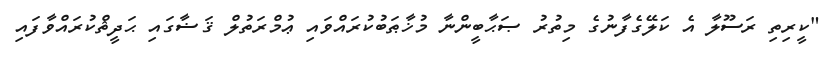
"ކީރިތި ރަސޫލާ އެ ކަލޭގެފާނުގެ މިތުރު ޞަޙާބީންނާ މުޚާޠަބުކުރައްވައި ޢުމްރަތުލް ޤަޟާގައި ޙަދީޘްކުރައްވާފައި